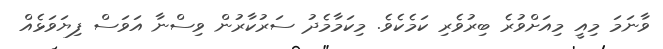
ވާނަމަ މިއީ މިއަށްވުރެ ބިރުވެރި ކަމެކެވެ. މިކަމާމެދު ސަރުކާރުން ވިސްނާ އަވަސް ފިޔަވަޅެއް